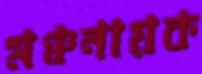
মঞ্চনায়ক